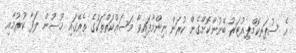
އެ ސުޕަރކޮމްޕިއުޓަރު ބޭނުންކޮށްގެން ކުރަން ނިންމާފައިވާ މަސައްކަތްތަކުގެ ތެރޭގައި މޫސުން ލަފާ ކުރުމާއި